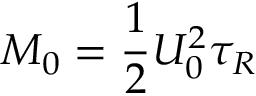
M _ { 0 } = \frac { 1 } { 2 } U _ { 0 } ^ { 2 } \tau _ { R }